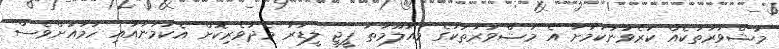
މަޝްވަރާތަކެއް ކުރެވުނުކަމަށާ އެ މަޝްވަރާތަކުގެ މައުލޫމާތު ޕީޖީ ލީޑަރު މެދުވެރިކޮށް އެކަމަނާއާއި ހަމައަށްވެސް